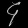
Digit: ၄